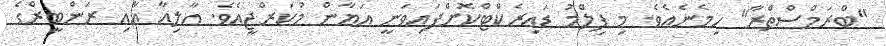
"ބްރަމްސްތްރާ" ހިމެނެއެވެ. މި ފިލްމު ޑައިރެކްޓްކޮށްފައިވަނީ އަޔާން މުކަރްޖީއެވެ. އާލިއާ އާއި ރަންބީރްގެ